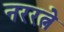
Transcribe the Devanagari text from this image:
नररत्ने